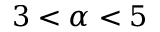
3 < \alpha < 5